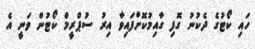
ހައި ކޯޓުގެ ދެކުނު ގޮފި ގާއިމުކޮށްފައިވާ އިރު ސުޕްރީމް ކޯޓުން ވަނީ އެ